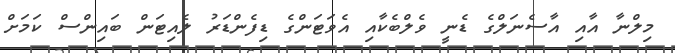
މިލްނާ އާއި އާސެނަލްގެ ޑެނީ ވެލްބެކާއި އެވަޓަންގެ ޑިފެންޑަރު ލެއިޓަން ބައިންސް ކަމަށް